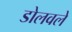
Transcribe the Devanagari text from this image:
डोलवले